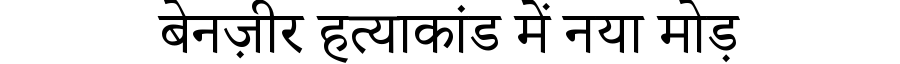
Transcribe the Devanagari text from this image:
बेनज़ीर हत्याकांड में नया मोड़